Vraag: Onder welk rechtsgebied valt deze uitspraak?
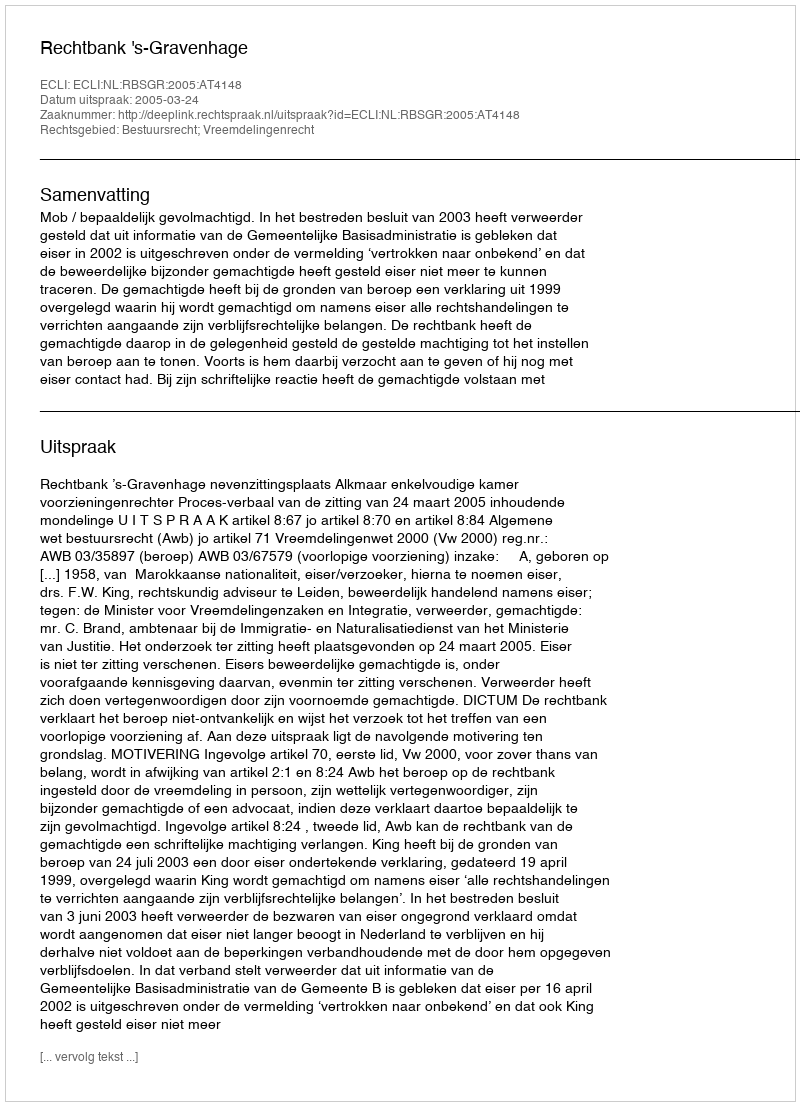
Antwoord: Bestuursrecht; Vreemdelingenrecht